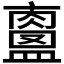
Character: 𥃀